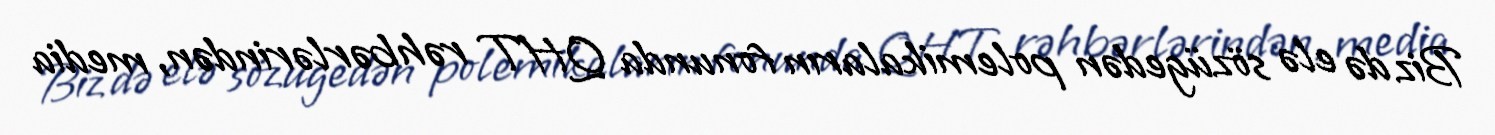
Biz də elə sözügedən polemikaların fonunda QHT rəhbərlərindən, media